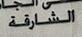
الشارقة